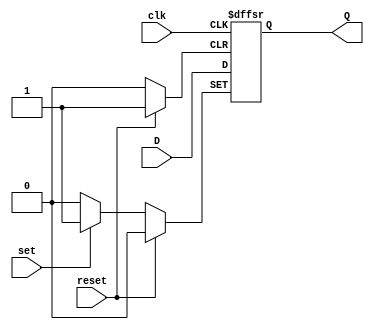
module d_flip_flop (
    input wire clk,
    input wire reset,
    input wire set,
    input wire D,
    output reg Q
    );

always @ (posedge clk or posedge reset or posedge set)
begin
    if (reset)
        Q <= 0;
    else if (set)
        Q <= 1;
    else
        Q <= D;
end

endmodule